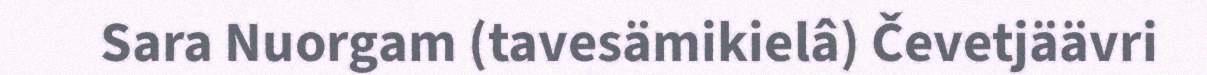
Sara Nuorgam (tavesämikielâ) Čevetjäävri